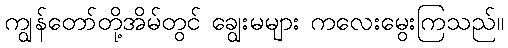
ကျွန်တော်တို့အိမ်တွင် ချွေးမများ ကလေးမွေးကြသည်။